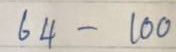
64 - 100